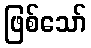
ဖြစ်သော်